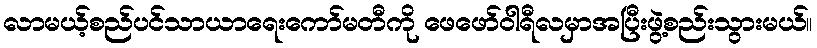
လာမယ့်စည်ပင်သာယာရေးကော်မတီကို ဖေဖော်ဝါရီလမှာအပြီးဖွဲ့စည်းသွားမယ်။